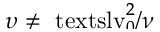
\smash { \upsilon \neq \ensuremath { \mathrm { \ t e x t s l { v } } _ { 0 } } ^ { 2 } / \nu }